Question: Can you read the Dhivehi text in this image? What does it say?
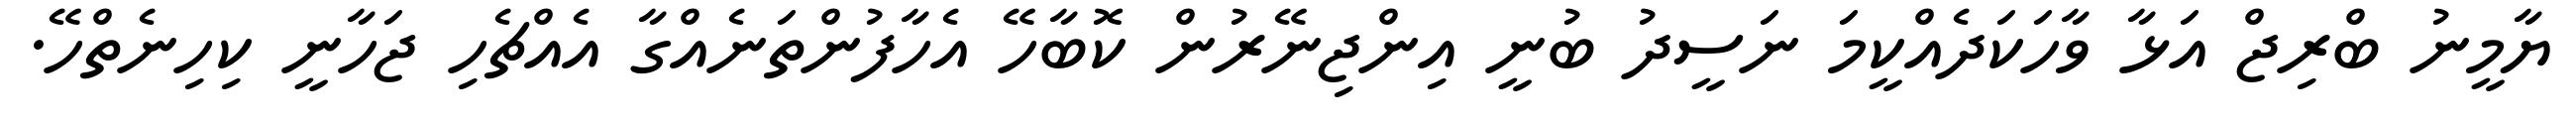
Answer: ޔާމީނު ބްރިޖް އަޅާ ވާހަކަދެއްކީމަ ނަސީދު ބުނީ އިންޖިނޭރުން ކޮބާހޭ އެހާފުންތަނެއްގާ އެއްޗެހި ޖަހާނީ ކިހިނެތްހޭ.